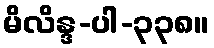
မိလိန္ဒ-ပါ-၃၃၈။